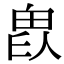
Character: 𤱫